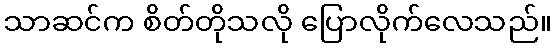
သာဆင်က စိတ်တိုသလို ပြောလိုက်လေသည်။